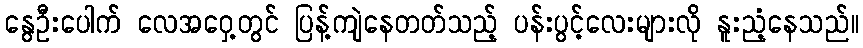
နွေဦးပေါက် လေအဝှေ့တွင် ပြန့်ကျဲနေတတ်သည့် ပန်းပွင့်လေးများလို နူးညံ့နေသည်။